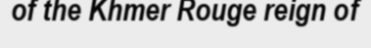
of the Khmer Rouge reign of